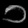
Digit: ၁